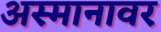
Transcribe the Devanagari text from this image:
अस्मानावर